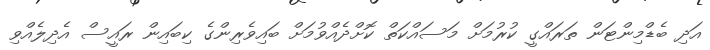
އަދި ބެޑްމިންޓަން ތަރައްގީ ކުރުމަށް މަސައްކަތް ކޮށްދެއްވުމަށް ބައިވެރިންގެ ކިބައިން ރައީސް އެދިލެއްވި